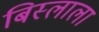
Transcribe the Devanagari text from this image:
बिस्लाला